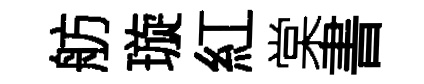
舫璇紅棠書